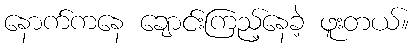
နောက်ကနေ ချောင်းကြည့်နေခဲ့ ဖူးတယ်။